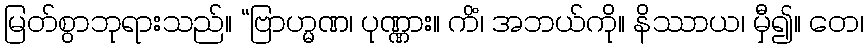
မြတ်စွာဘုရားသည်။ “ဗြာဟ္မဏ၊ ပုဏ္ဏား။ ကိံ၊ အဘယ်ကို။ နိဿာယ၊ မှီ၍။ တေ၊